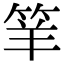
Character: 𥬴